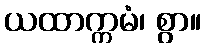
ယထာက္ကမံ၊ စွာ။